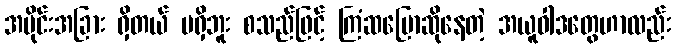
အပိုင်းအခြား ရှိတယ် မရှိဘူး စသည်ဖြင့် ကြံဆပြောဆိုနေတဲ့ အယူဝါဒတွေဟာလည်း